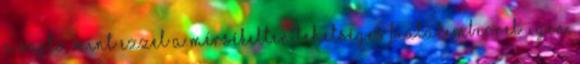
a sajtó, mint ezzel a mérsékelten tehetséges fiatalemberrel. Igen,